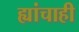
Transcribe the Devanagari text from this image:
ह्यांचाही